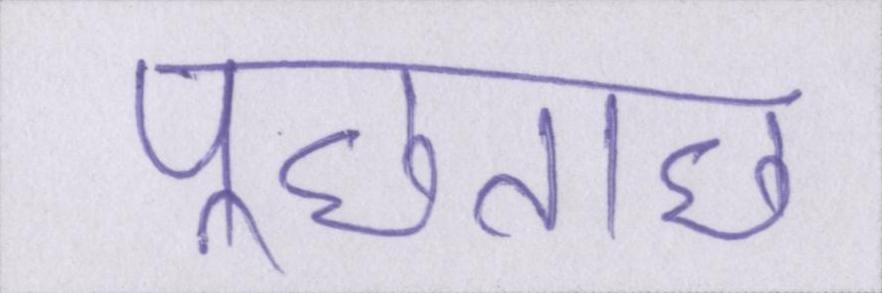
पूछताछ